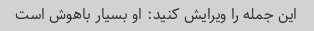
این جمله را ویرایش کنید: او بسیار باهوش است